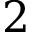
2